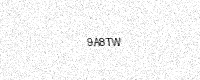
Text: 9A8TW